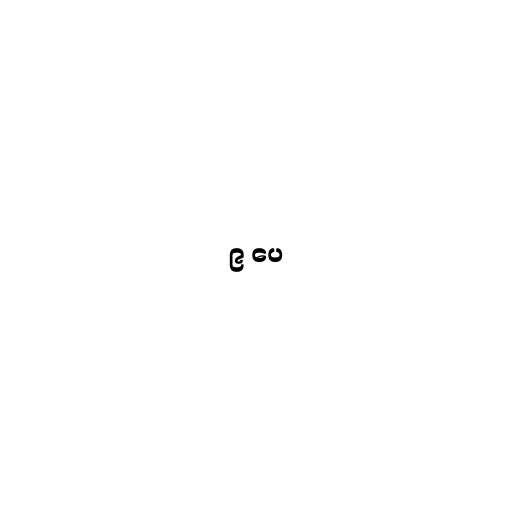
၉ ပေ